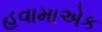
હવામાએક